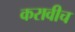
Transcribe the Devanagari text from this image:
करावीच